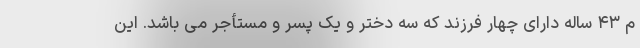
م ۴۳ ساله دارای چهار فرزند که سه دختر و یک پسر و مستأجر می باشد. این